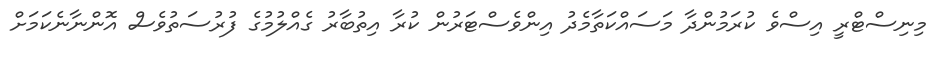
މިނިސްޓްރީ އިސްވެ ކުރަމުންދާ މަސައްކަތާމެދު އިންވެސްޓަރުން ކުރާ އިތުބާރު ގެއްލުމުގެ ފުރުސަތުވެސް އޮންނާނެކަމަށް